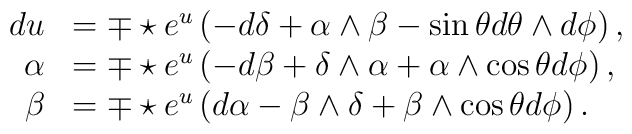
\begin{array}{rl}du&= \mp\star e\sp{u}\left(-d\delta +\alpha\wedge \beta -\sin\theta d\theta\wedge d\phi \right),\\\alpha&= \mp\star e\sp{u}\left(-d\beta+\delta\wedge\alpha+\alpha\wedge\cos\theta d\phi \right),\\\beta&= \mp\star e\sp{u}\left(d\alpha-\beta\wedge\delta+\beta\wedge\cos\theta d\phi\right).\end{array}